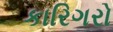
કારિગરો